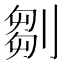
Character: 𠞃